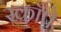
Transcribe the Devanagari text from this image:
स्कॉपे